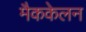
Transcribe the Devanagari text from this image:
मैककेलन